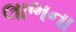
લાભના